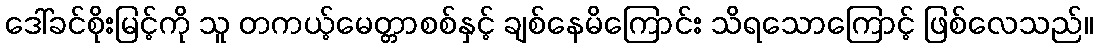
ဒေါ်ခင်စိုးမြင့်ကို သူ တကယ့်မေတ္တာစစ်နှင့် ချစ်နေမိကြောင်း သိရသောကြောင့် ဖြစ်လေသည်။